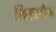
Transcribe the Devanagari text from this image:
किल्लीन